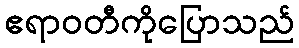
ဧရာဝတီကိုပြောသည်